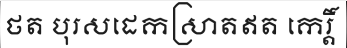
ថត បុរសដេកស្រាតឥត កេរ្តិ៍